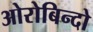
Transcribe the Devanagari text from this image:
ओरोबिन्दो